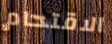
الاقتحام